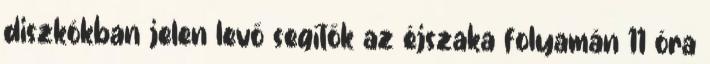
diszkókban jelen levő segítők az éjszaka folyamán 11 óra